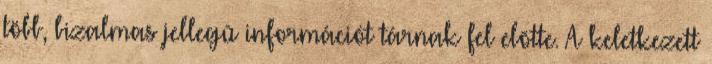
több, bizalmas jellegû információt tárnak fel elõtte. A keletkezett